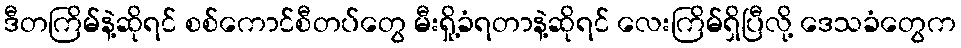
ဒီတကြိမ်နဲ့ဆိုရင် စစ်ကောင်စီတပ်တွေ မီးရှို့ခံရတာနဲ့ဆိုရင် လေးကြိမ်ရှိပြီလို့ ဒေသခံတွေက